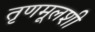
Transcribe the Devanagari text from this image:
तृणमूलशी